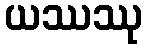
ယဿဿု